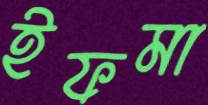
ইফমা